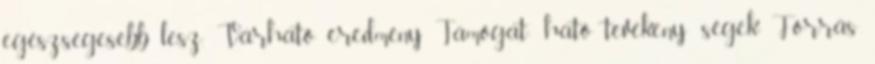
egészségesebb lesz. Várható eredmény Támogat- ható tevékeny- ségek Forrás